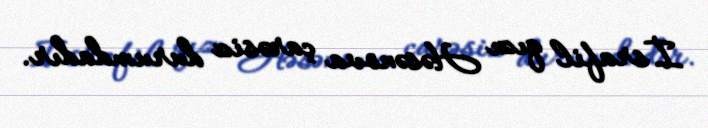
İsrafil qızı Həsənova çarəsiz durumdadır.